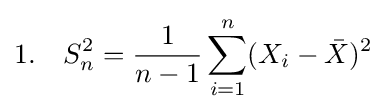
1.\quad S_{n}^{2}={\frac {1}{n-1}}\sum _{i=1}^{n}(X_{i}-{\bar {X}})^{2}